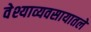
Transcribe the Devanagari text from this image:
वेश्याव्यवसायातले